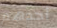
أحدهم